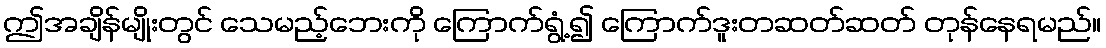
ဤအချိန်မျိုးတွင် သေမည့်ဘေးကို ကြောက်ရွံ့၍ ကြောက်ဒူးတဆတ်ဆတ် တုန်နေရမည်။